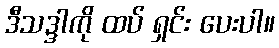
ဒီသဒ္ဒါကို ထပ် ရှင်း ပေးပါ။